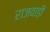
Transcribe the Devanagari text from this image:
राजवाड़ी